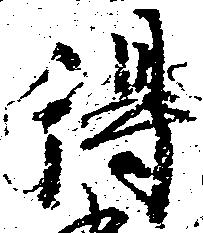
得